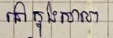
នៅក្នុងសាលា